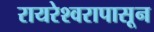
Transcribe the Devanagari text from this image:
रायरेश्वरापासून